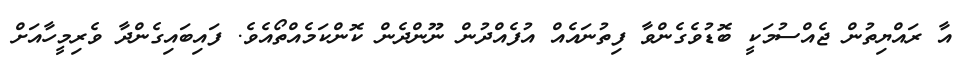
އާ ރައްޔިތުން ޖެއްސުމަކީ ބޮޑުވެގެންވާ ފިތުނައެއް އުފެއްދުން ނޫންދެން ކޮންކަމެއްތޯއެވެ. ފައިބައިގެންދާ ވެރިމީހާއަށް